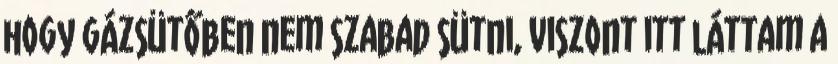
hogy gázsütőben nem szabad sütni, viszont itt láttam a